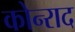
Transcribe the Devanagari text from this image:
कोन्‍राद